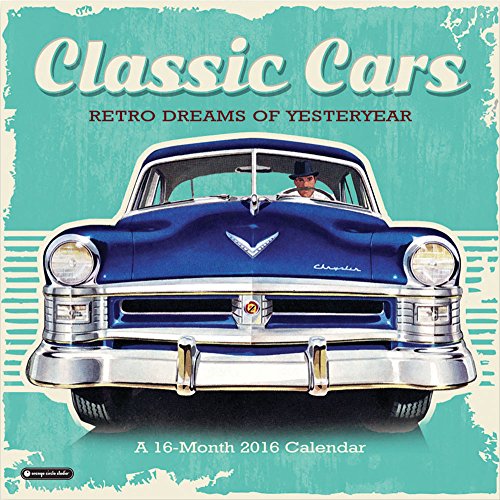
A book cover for Orange Circle Studio 16-Month 2016 Wall Calendar, Classic Cars; Orange Circle Studios; Calendars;